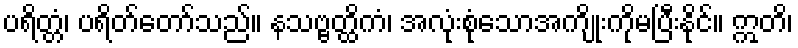
ပရိတ္တံ၊ ပရိတ်တော်သည်။ နသဗ္ဗတ္ထိကံ၊ အလုံးစုံသောအကျိုးကိုမပြီးနိုင်။ ဣတိ၊